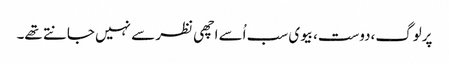
پرلوگ،دوست،بیوی سب اُسے اچھی نظر سے نہیں جانتے تھے۔